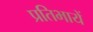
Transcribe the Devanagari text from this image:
प्रतिभायें